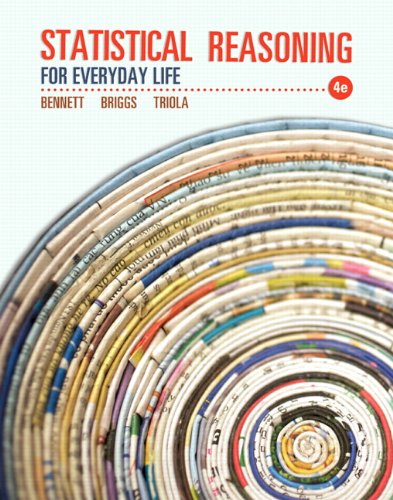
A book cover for Statistical Reasoning for Everyday Life (4th Edition); Jeff Bennett; Science & Math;